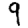
Digit: 9